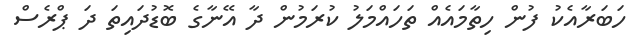
ހަބަރާއެކު ފުން ހިތާމައެއް ތަހައްމަލު ކުރަމުން ދާ އޭނާގެ ބޮޑުދައިތަ ދަ ޕްރެސް